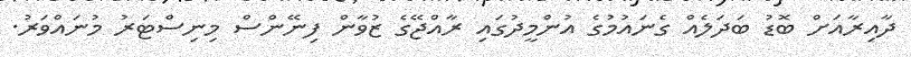
ދާއިރާއަށް ބޮޑު ބަދަލެއް ގެނައުމުގެ އުންމީދުގައި ރާއްޖޭގެ ޒުވާން ފިނޭންސް މިނިސްޓަރު މުނައްވަރު.